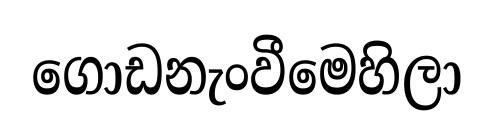
ගොඩනැංවීමෙහිලා